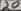
Text: 20